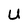
Character: U